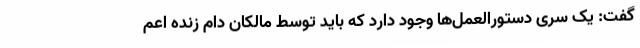
گفت: یک سری دستورالعمل‌ها وجود دارد که باید توسط مالکان دام زنده اعم